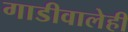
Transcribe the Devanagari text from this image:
गाडीवालेही